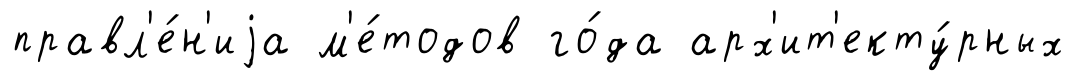
правл'е́н'иjа м'е́тодов го́да арх'ит'екту́рных